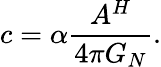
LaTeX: c=\alpha\frac{A^{H}}{4\pi G_{N}}.